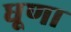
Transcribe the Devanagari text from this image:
धूणा